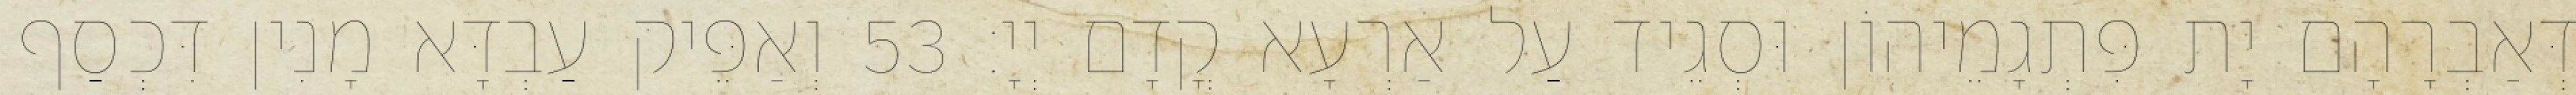
דְּאַבְרָהָם יָת פִּתְגָמֵיהוֹן וּסְגֵיד עַל אַרְעָא קֳדָם יְיָ׃ 53 וְאַפֵּיק עַבְדָּא מָנִין דִּכְסַף